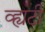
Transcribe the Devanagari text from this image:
व्ह्यटी